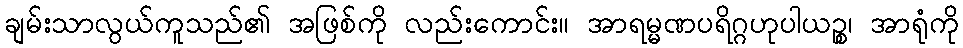
ချမ်းသာလွယ်ကူသည်၏ အဖြစ်ကို လည်းကောင်း။ အာရမ္မဏပရိဂ္ဂဟုပါယဉ္စ၊ အာရုံကို